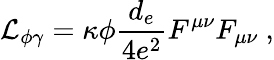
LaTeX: \mathcal{L_{\phi\gamma}}=\kappa\phi\frac{d_{e}}{4e^{2}}F^{\mu\nu}F_{\mu\nu}\ ,